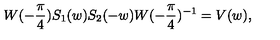
W ( - \frac { \pi } { 4 } ) S _ { 1 } ( w ) S _ { 2 } ( - w ) W ( - \frac { \pi } { 4 } ) ^ { - 1 } = V ( w ) ,